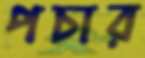
পচার